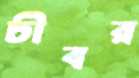
চীবর